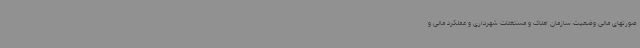
صورتهای مالی وضعیت سازمان املاک و مستغلات شهرداری و عملکرد مالی و